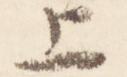
上